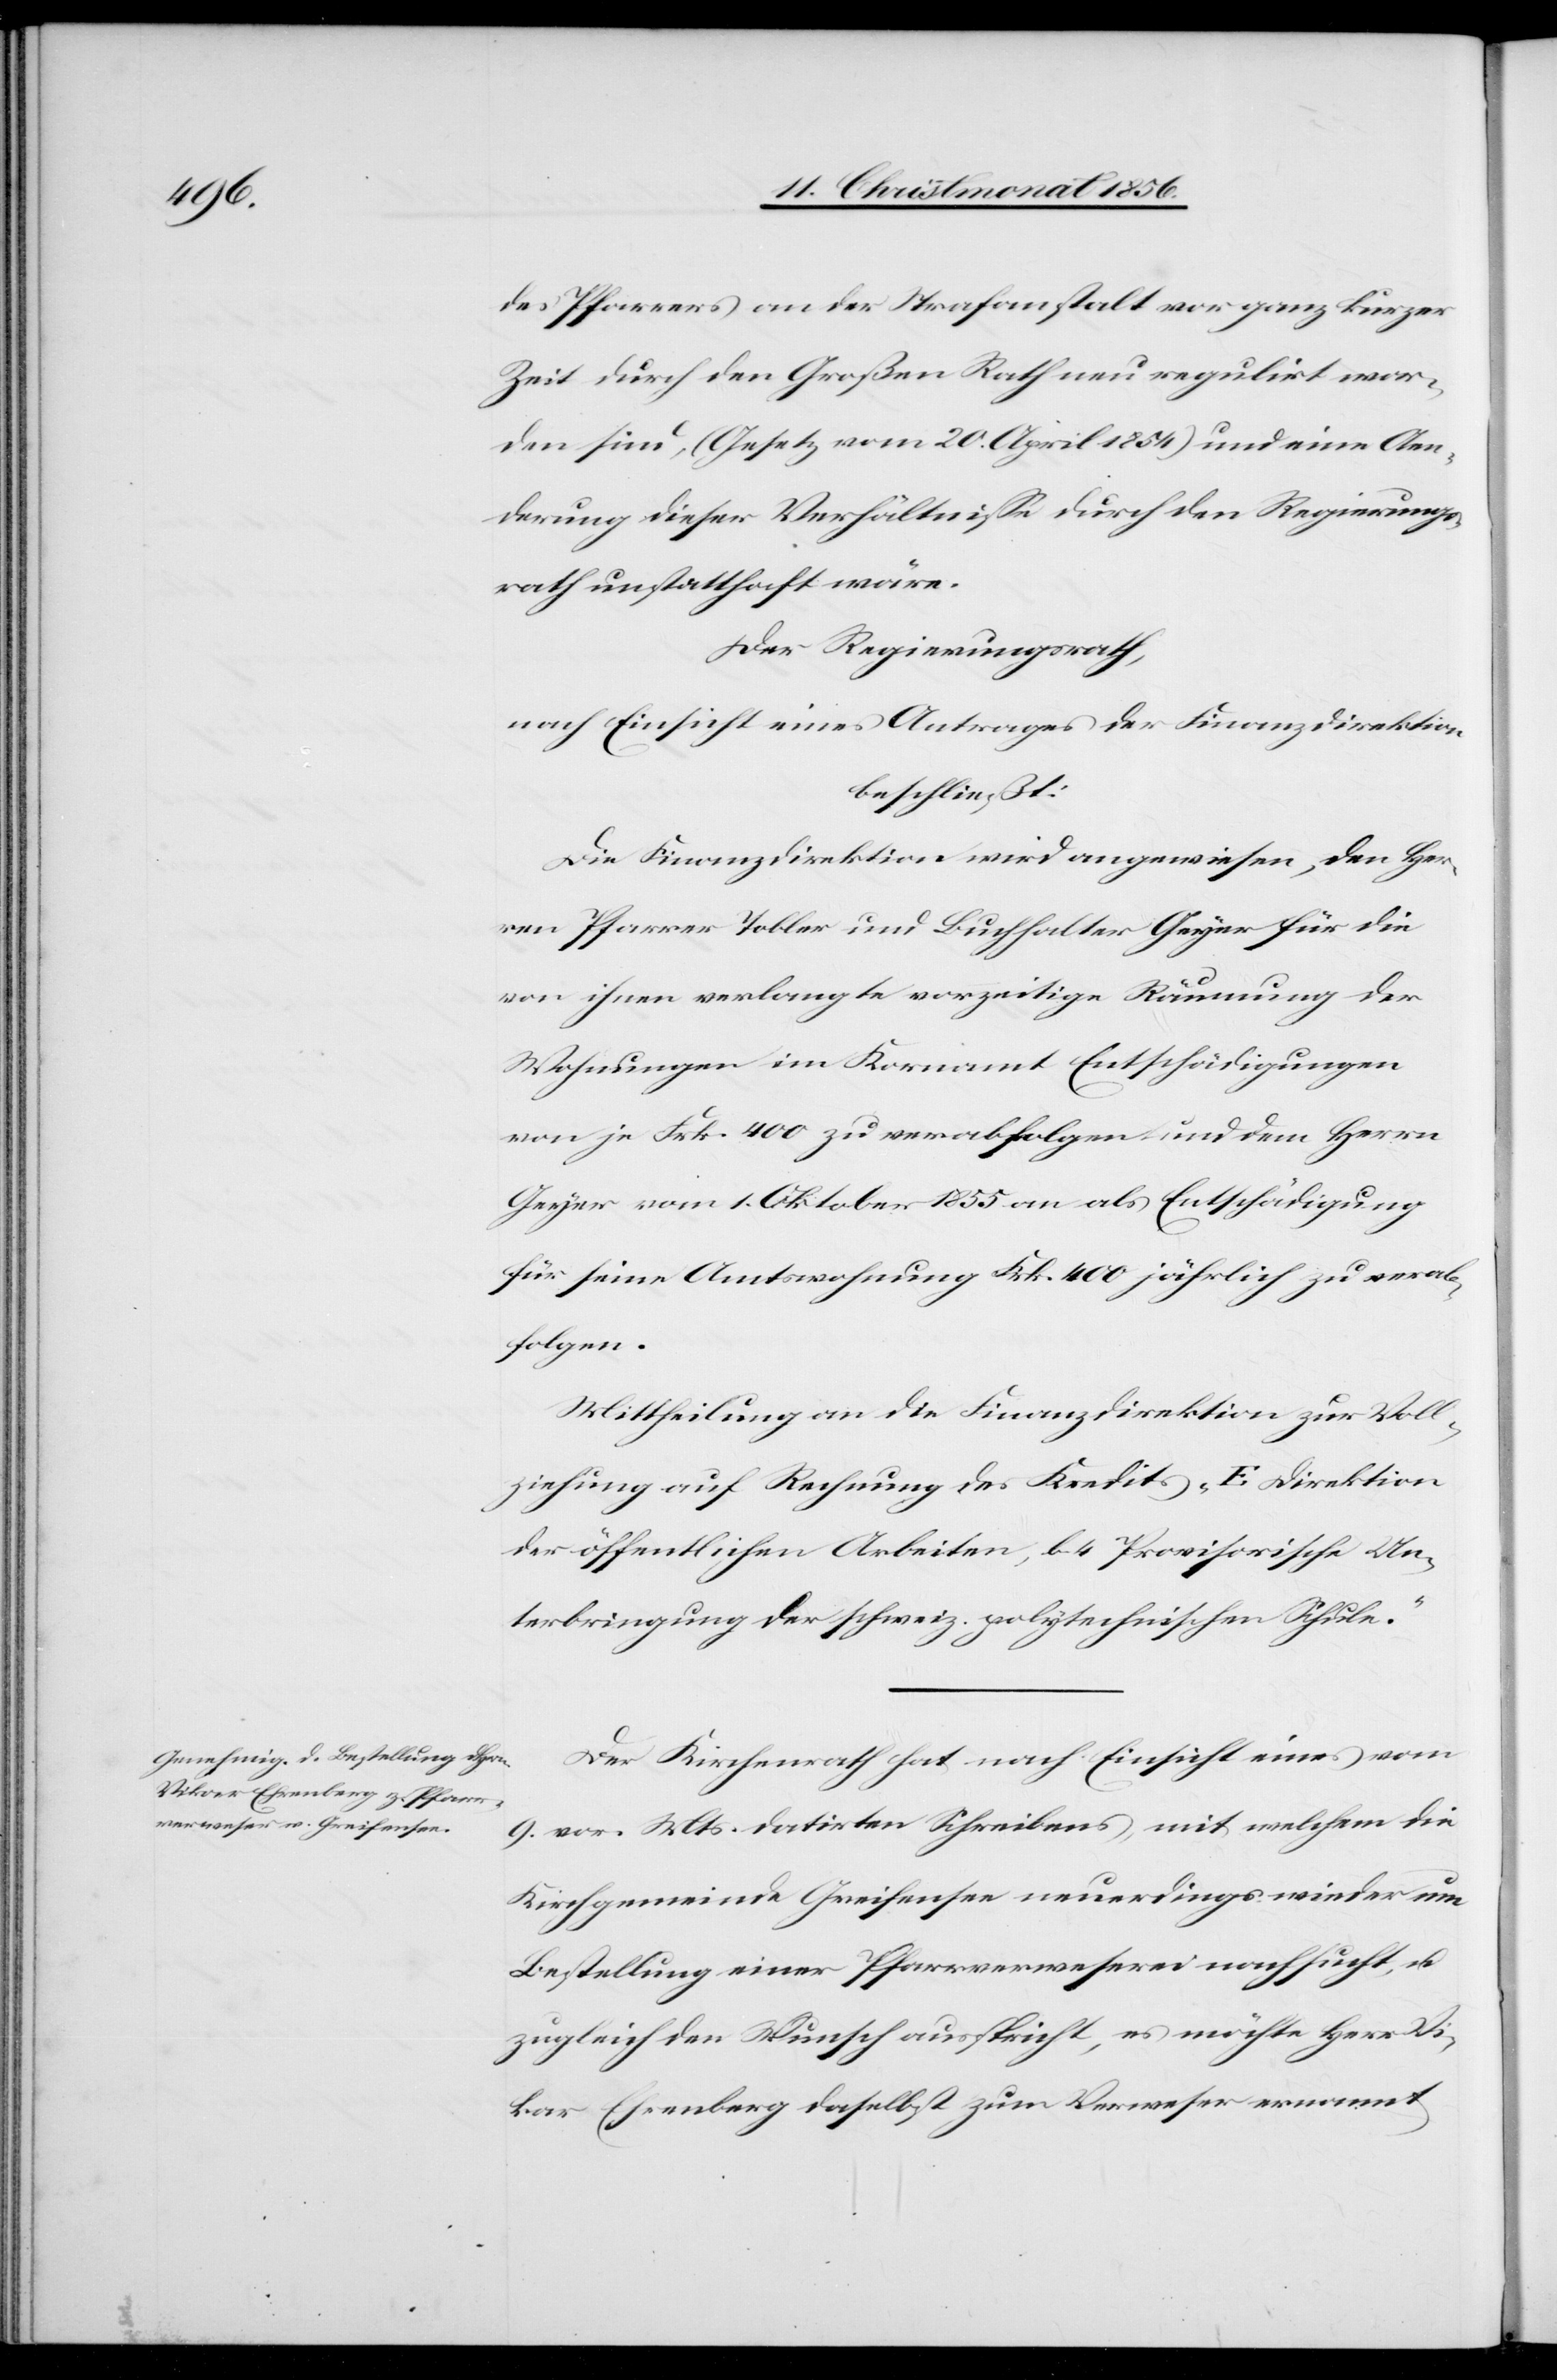
des Pfarrers an der Strafanstalt vor ganz kurzer
Zeit durch den Großen Rath regulirt wor¬
den sind, (Gesetz vom 20. April 1854) und eine Aen¬
derung dieser Verhältnisse durch den Regierungs¬
rath unstatthaft wäre.
Der Regierungsrath,
nach Einsicht eines Antrages der Finanzdirektion
beschließt:
Die Finanzdirektion wird angewiesen, den Her¬
ren Pfarrer Tobler und Buchhalter Geyer für die
von ihnen verlangte vorzeitige Räumung der
Wohnungen im Kornamt Entschädigungen
von je Frk. 400 zu verabfolgen und dem Herrn
Geyer vom 1. Oktober 1855 an als Entschädigung
für seine Amtswohnung Frk. 400 jährlich zu verab¬
folgen.
Mittheilung an die Finanzdirektion zur Voll¬
ziehung auf Rechnung des Kredits „E Direktion
der öffentlichen Arbeiten, b. 4 Provisorische Un¬
terbringung der schweiz. polytechnischen Schule.“
Der Kirchenrath hat nach Einsicht eines vom
9. vor. Mts. datirten Schreibens, mit welchem die
Kirchgemeinde Greifensee neuerdings wieder um
Bestellung einer Pfarrverweserei nachsucht, u.
zugleich den Wunsch ausspricht, es möchte Herr Vi¬
kar Ehrenberg daselbst zum Verweser ernannt